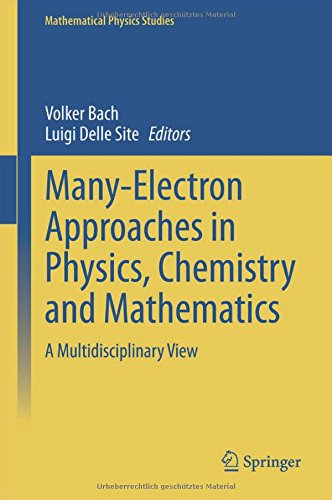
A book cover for Many-Electron Approaches in Physics, Chemistry and Mathematics: A Multidisciplinary View (Mathematical Physics Studies); Science & Math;